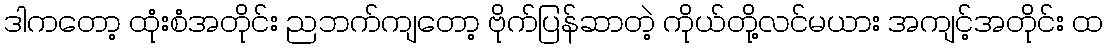
ဒါကတော့ ထုံးစံအတိုင်း ညဘက်ကျတော့ ဗိုက်ပြန်ဆာတဲ့ ကိုယ်တို့လင်မယား အကျင့်အတိုင်း ထ